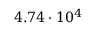
4 . 7 4 \cdot 1 0 ^ { 4 }